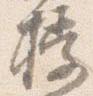
授